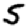
Digit: 5